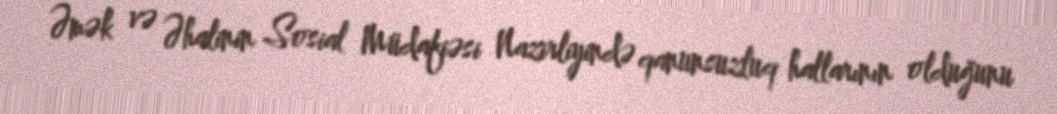
Əmək və Əhalinin Sosial Müdafiəsi Nazirliyində qanunsuzluq hallarının olduğunu